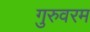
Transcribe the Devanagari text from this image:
गुरुवरम